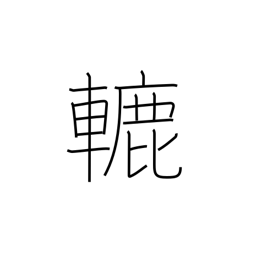
Meaning: roller